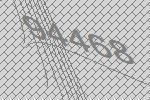
94468